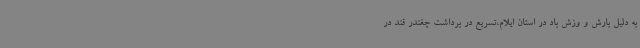
به دلیل بارش و وزش باد در استان ایلام،تسریع در برداشت چغندر قند در